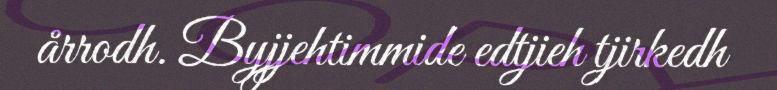
årrodh. Byjjehtimmide edtjieh tjirkedh